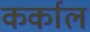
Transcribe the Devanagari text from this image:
कर्काल